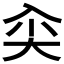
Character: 𰃘